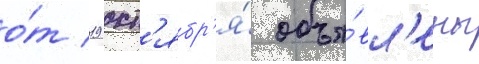
о́т 19 окт'ябр'я́ объя́вл'ены